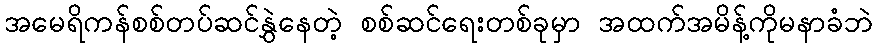
အမေရိကန်စစ်တပ်ဆင်နွှဲနေတဲ့ စစ်ဆင်ရေးတစ်ခုမှာ အထက်အမိန့်ကိုမနာခံဘဲ